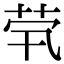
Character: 茕